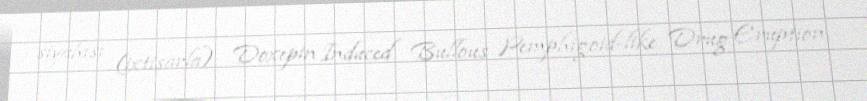
siyahısı (ixtisarla): Doxepin Induced Bullous Pemphigoid-like Drug Eruption.